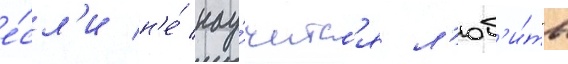
е́сл'и н'е́ нау́читс'я л'юб'и́ть